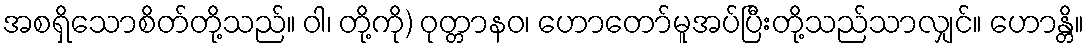
အစရှိသောစိတ်တို့သည်။ ဝါ၊ တို့ကို) ဝုတ္တာနဝ၊ ဟောတော်မူအပ်ပြီးတို့သည်သာလျှင်။ ဟောန္တိ။